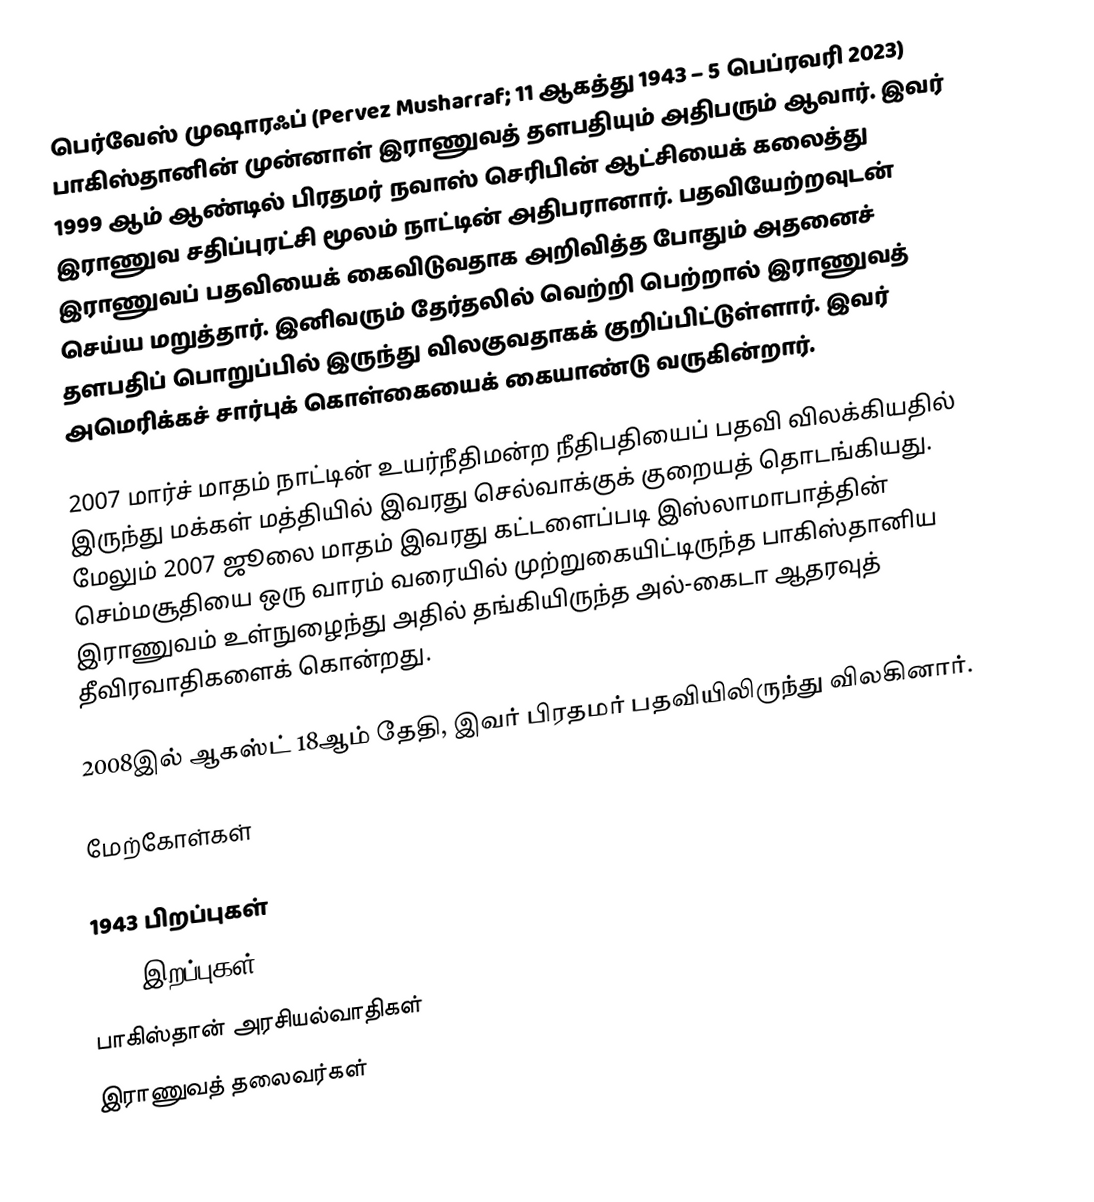
பெர்வேஸ் முஷாரஃப் (Pervez Musharraf; 11 ஆகத்து 1943 – 5 பெப்ரவரி 2023) பாகிஸ்தானின் முன்னாள் இராணுவத் தளபதியும் அதிபரும் ஆவார். இவர் 1999 ஆம் ஆண்டில் பிரதமர் நவாஸ் செரிபின் ஆட்சியைக் கலைத்து இராணுவ சதிப்புரட்சி மூலம் நாட்டின் அதிபரானார். பதவியேற்றவுடன் இராணுவப் பதவியைக் கைவிடுவதாக அறிவித்த போதும் அதனைச் செய்ய மறுத்தார். இனிவரும் தேர்தலில் வெற்றி பெற்றால் இராணுவத் தளபதிப் பொறுப்பில் இருந்து விலகுவதாகக் குறிப்பிட்டுள்ளார். இவர் அமெரிக்கச் சார்புக் கொள்கையைக் கையாண்டு வருகின்றார்.

2007 மார்ச் மாதம் நாட்டின் உயர்நீதிமன்ற நீதிபதியைப் பதவி விலக்கியதில் இருந்து மக்கள் மத்தியில் இவரது செல்வாக்குக் குறையத் தொடங்கியது. மேலும் 2007 ஜூலை மாதம் இவரது கட்டளைப்படி இஸ்லாமாபாத்தின் செம்மசூதியை ஒரு வாரம் வரையில் முற்றுகையிட்டிருந்த பாகிஸ்தானிய இராணுவம் உள்நுழைந்து அதில் தங்கியிருந்த அல்-கைடா ஆதரவுத் தீவிரவாதிகளைக் கொன்றது.

2008இல் ஆகஸ்ட் 18ஆம் தேதி, இவர் பிரதமர் பதவியிலிருந்து விலகினார்.

மேற்கோள்கள்

1943 பிறப்புகள்
2023 இறப்புகள்
பாகிஸ்தான் அரசியல்வாதிகள்
இராணுவத் தலைவர்கள்